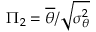
\Pi _ { 2 } = \overline { { \theta } } / \sqrt { \sigma _ { \theta } ^ { 2 } }